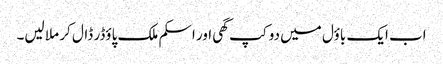
اب ایک باؤل میں دو کپ گھی اور اسکم ملک پاؤڈر ڈال کر ملا لیں۔